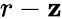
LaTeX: r-\mathbf{z}